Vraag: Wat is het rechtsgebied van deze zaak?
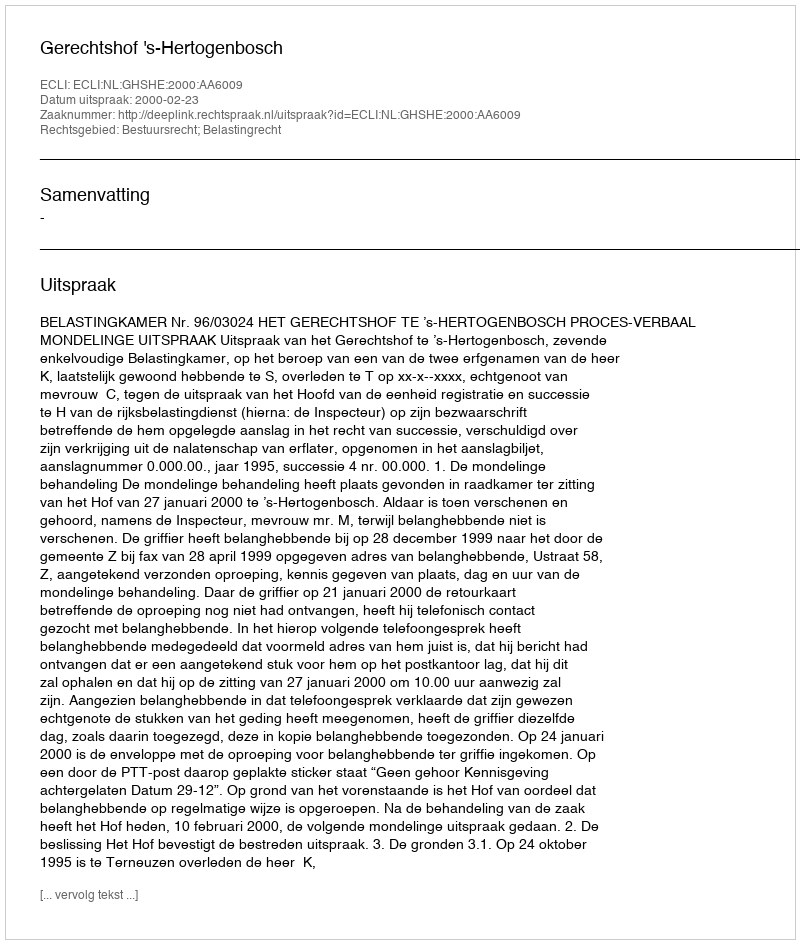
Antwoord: Bestuursrecht; Belastingrecht